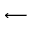
\longleftarrow